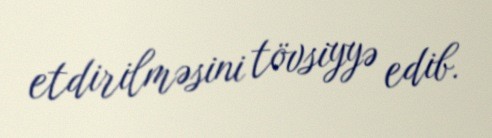
etdirilməsini tövsiyyə edib.